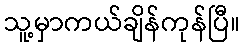
သူ့မှာကယ်ချိန်ကုန်ပြီ။